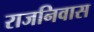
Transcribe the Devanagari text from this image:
राजनिवास